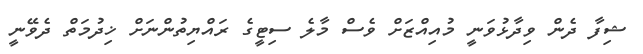
ޝިފާ ދެން ވިދާޅުވަނީ މުއިއްޒަށް ވެސް މާލެ ސިޓީގެ ރައްޔިތުންނަށް ޚިދުމަތް ދެވޭނީ